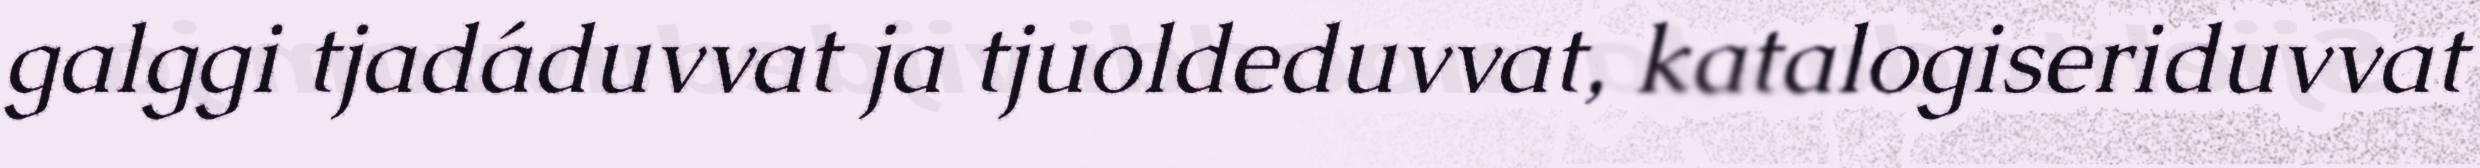
galggi tjadáduvvat ja tjuoldeduvvat, katalogiseriduvvat